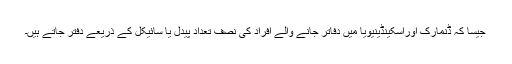
جیسا کہ ڈنمارک اوراسکینڈینیویا میں دفاتر جانے والے افراد کی نصف تعداد پیدل یا سائیکل کے ذریعے دفتر جاتے ہیں۔